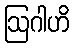
ဩဂါဟိ